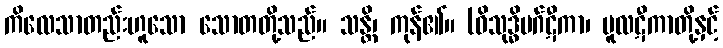
ကိလေသာတည်းဟူသော သောတတို့သည်။ သန္တိ၊ ကုန်၏။ (ဝိသုဒ္ဓိမဂ်ဋီကာ၊ မူလဋီကာတို့နှင့်